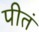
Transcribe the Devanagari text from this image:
पीतं